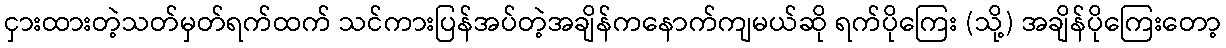
ငှားထားတဲ့သတ်မှတ်ရက်ထက် သင်ကားပြန်အပ်တဲ့အချိန်ကနောက်ကျမယ်ဆို ရက်ပိုကြေး (သို့) အချိန်ပိုကြေးတော့